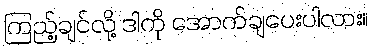
ကြည့်ချင်လို့ ဒါကို အောက်ချပေးပါလား။